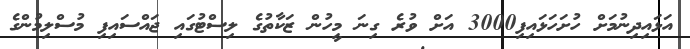
އަޅައިދިނުމަށް ހުށަހަޅައިފި3000 އަށް ވުރެ ގިނަ މީހުން ޒަކާތުގެ ލިސްޓުގައި ޖައްސައިފި މުސްލިމުންގެ